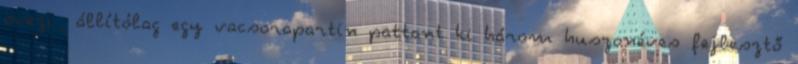
övezi., állítólag egy vacsorapartin pattant ki három huszonéves fejlesztő